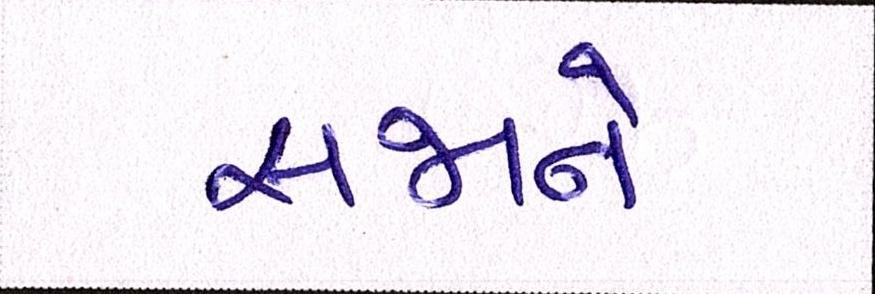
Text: સજાને